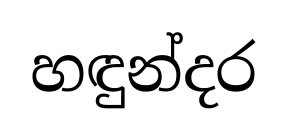
හඳුන්දර